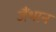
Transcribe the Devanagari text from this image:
जैंथान